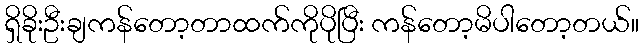
ရှိခိုးဦးချကန်တော့တာထက်ကိုပိုပြီး ကန်တော့မိပါတော့တယ်။